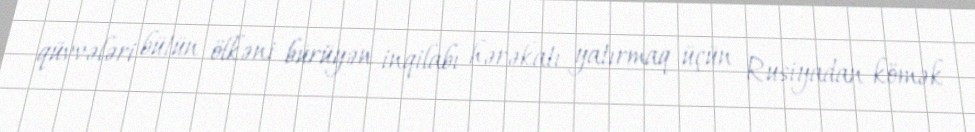
qüvvələri bütün ölkəni bürüyən inqilabı hərəkatı yatırmaq üçün Rusiyadan kömək